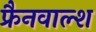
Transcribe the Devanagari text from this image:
फ्रैनवाल्श